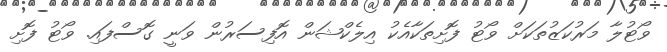
ވޯޓުލާ މަރުކަޒުތަކަށް ވޯޓު ފޮށިތަކާއެކު އިލެކްޝަން އޮފިސަރުން ވަނީ ގޮސްފައި. ވޯޓު ފޮށި